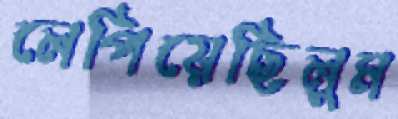
লেপিয়েছিলুম